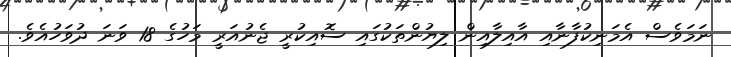
ނަމަވެސް އެމަނިކުފާނާއި އާއިލާއިން ލިޔުންތަކުގައި ސޮއިކުރީ ޖެނުއަރީ މަހުގެ 18 ވަނަ ދުވަހުއެވެ.